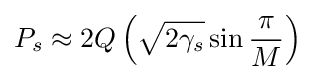
P_{s}\approx 2Q\left({\sqrt {2\gamma _{s}}}\sin {\frac {\pi }{M}}\right)